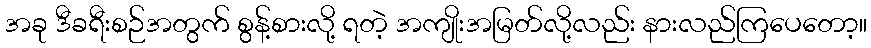
အခု ဒီခရီးစဉ်အတွက် စွန့်စားလို့ ရတဲ့ အကျိုးအမြတ်လို့လည်း နားလည်ကြပေတော့။